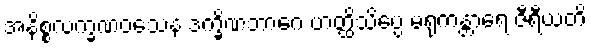
အနိစ္စလက္ခဏဝသေန ဒက္ခိဏဘာဂေ ဟတ္ထိသိပ္ပေ မရုကန္တာရေ ဇီရီယတိ